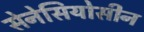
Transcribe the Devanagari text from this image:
सेनेसियोसीन